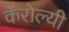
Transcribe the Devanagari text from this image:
कॅरोल्यी